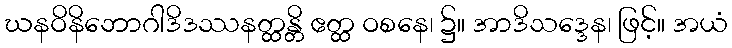
ဃနဝိနိဘောဂါဒိဒဿနတ္ထန္တိ ဧတ္ထ ဝစနေ၊ ၌။ အာဒိသဒ္ဒေန၊ ဖြင့်။ အယံ